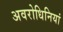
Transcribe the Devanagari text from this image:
अवरोधिनियां